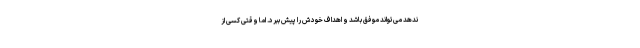
ندهد می‌تواند موفق باشد و اهداف خودش را پیش ببرد. اما وقتی کسی از